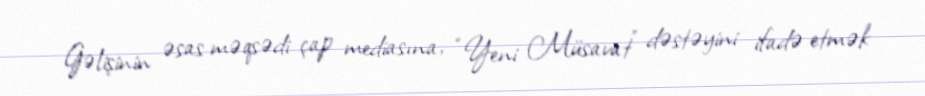
Gəlişinin əsas məqsədi çap mediasına, “Yeni Müsavat” dəstəyini ifadə etmək